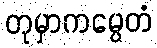
တုမှာကမ္ပေတံ